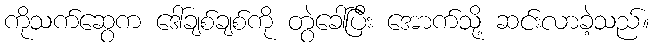
ကိုသက်ဆွေက ဒေါ်ချစ်ချစ်ကို တွဲခေါ်ပြီး အောက်သို့ ဆင်းလာခဲ့သည်။